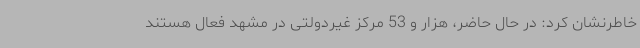
خاطرنشان کرد: در حال حاضر، هزار و 53 مرکز غیردولتی در مشهد فعال هستند